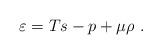
LaTeX: \begin{align*}\varepsilon = Ts-p+\mu \rho \ .\end{align*}